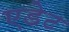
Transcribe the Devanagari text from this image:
एडेट